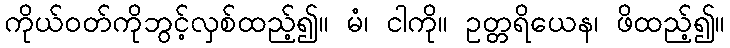
ကိုယ်ဝတ်ကိုဘွင့်လှစ်ထည့်၍။ မံ၊ ငါကို။ ဥတ္တရိယေန၊ ဖိထည့်၍။